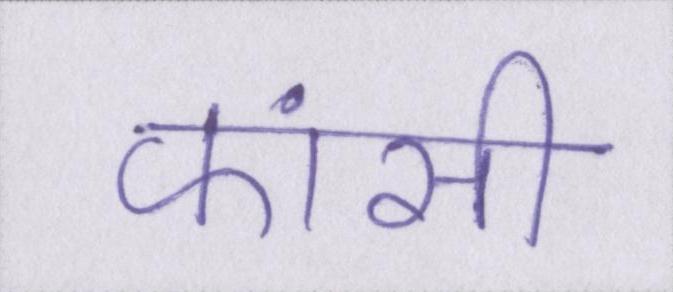
फांसी